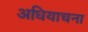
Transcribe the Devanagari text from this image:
अधियाचना